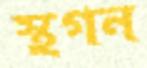
স্থগন